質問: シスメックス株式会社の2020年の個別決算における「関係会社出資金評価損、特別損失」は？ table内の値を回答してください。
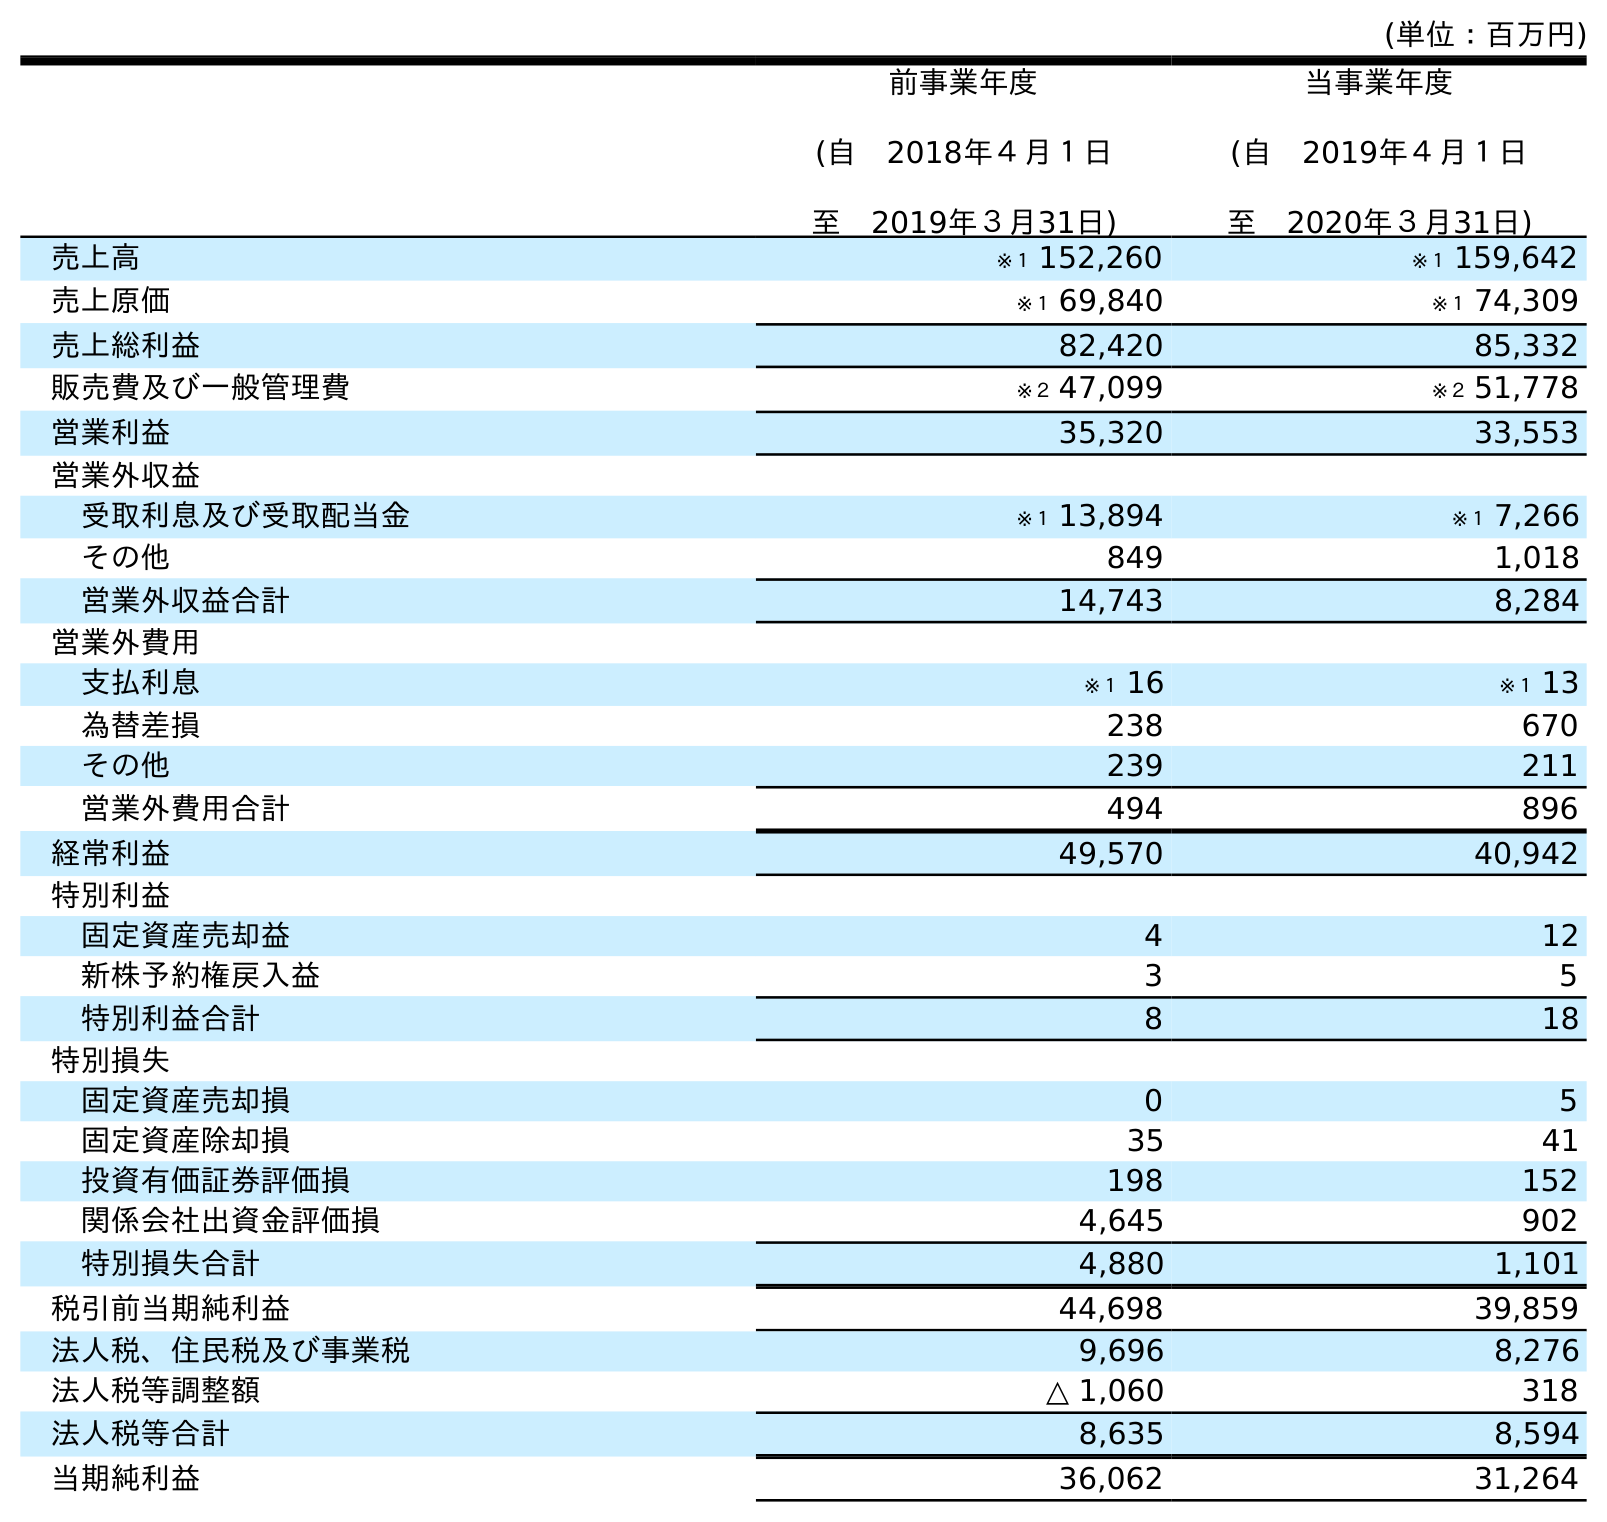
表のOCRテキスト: (単位：百万円) 前事業年度 (自 2018年４月１日 至 2019年３月31日) 当事業年度 (自 2019年４月１日 至 2020年３月31日) 売上高 ※１ 152,260 ※１ 159,642 売上原価 ※１ 69,840 ※１ 74,309 売上総利益 82,420 85,332 販売費及び一般管理費 ※２ 47,099 ※２ 51,778 営業利益 35,320 33,553 営業外収益 受取利息及び受取配当金 ※１ 13,894 ※１ 7,266 その他 849 1,018 営業外収益合計 14,743 8,284 営業外費用 支払利息 ※１ 16 ※１ 13 為替差損 238 670 その他 239 211 営業外費用合計 494 896 経常利益 49,570 40,942 特別利益 固定資産売却益 4 12 新株予約権戻入益 3 5 特別利益合計 8 18 特別損失 固定資産売却損 0 5 固定資産除却損 35 41 投資有価証券評価損 198 152 関係会社出資金評価損 4,645 902 特別損失合計 4,880 1,101 税引前当期純利益 44,698 39,859 法人税、住民税及び事業税 9,696 8,276 法人税等調整額 △ 1,060 318 法人税等合計 8,635 8,594 当期純利益 36,062 31,264
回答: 902